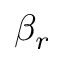
\beta _ { r }